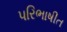
પરિભાષીત